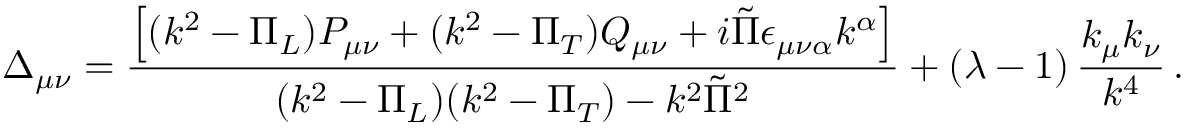
\Delta _ { \mu \nu } = { \frac { \left[ ( k ^ { 2 } - \Pi _ { L } ) P _ { \mu \nu } + ( k ^ { 2 } - \Pi _ { T } ) Q _ { \mu \nu } + i \tilde { \Pi } \epsilon _ { \mu \nu \alpha } k ^ { \alpha } \right] } { ( k ^ { 2 } - \Pi _ { L } ) ( k ^ { 2 } - \Pi _ { T } ) - k ^ { 2 } \tilde { \Pi } ^ { 2 } } } + \left( \lambda - 1 \right) { \frac { k _ { \mu } k _ { \nu } } { k ^ { 4 } } } \, .